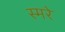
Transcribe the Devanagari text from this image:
स्मरे